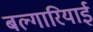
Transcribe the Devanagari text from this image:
बल्गारियाई